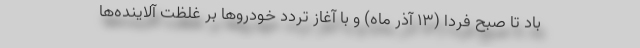
باد تا صبح فردا (۱۳ آذر ماه) و با آغاز تردد خودروها بر غلظت آلاینده‌ها